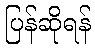
ပြန်ဆိုရန်